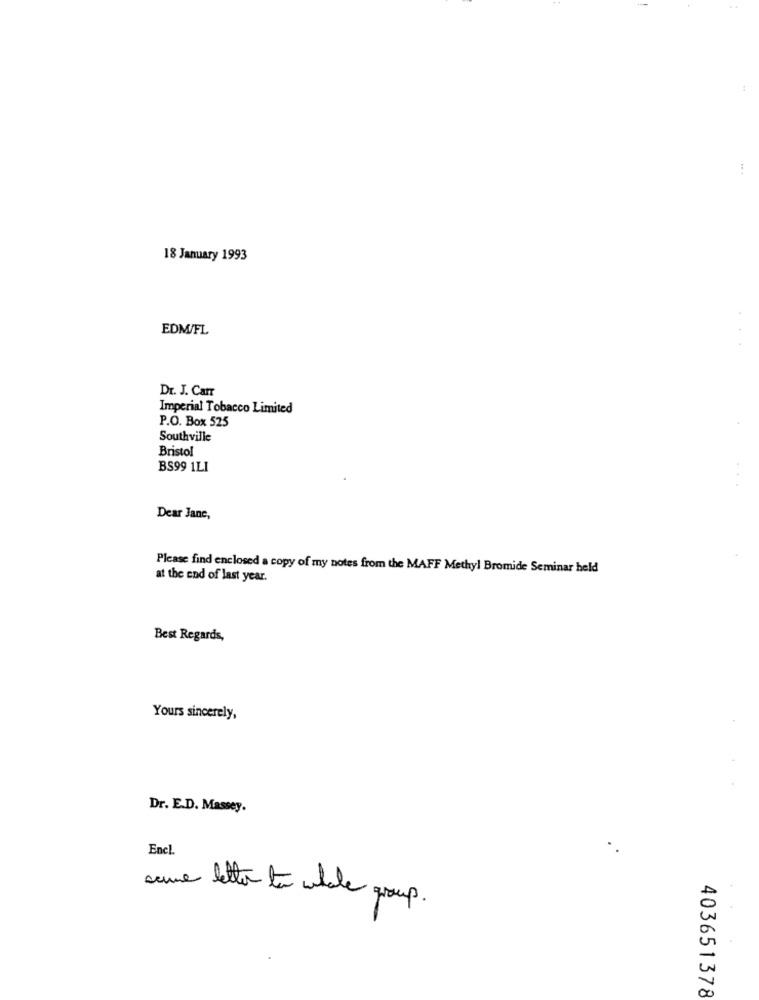
18 January 1993
EDM/FL
Dr. J. Carr
Imperial Tobacco Limited
P.O. Box 525
Southville
Bristol
BS99 1LI
Dear Jane,
Please find enclosed a copy of my notes from the MAFF Methyl Bromide Seminar held
at the end of last year.
Best Regards,
Yours sincerely,
Dr. E.D. Massey.
Enel.
letter to whole group.
403651378